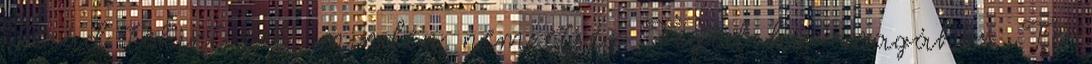
Terád tekint fel, minden nemzetség Téged hív magához. Te